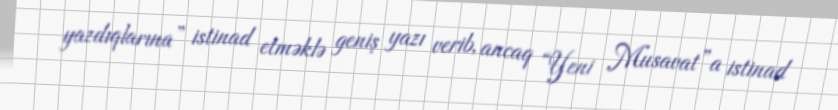
yazdıqlarına” istinad etməklə geniş yazı verib, ancaq “Yeni Musavat”a istinad